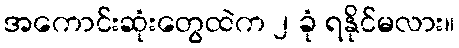
အကောင်းဆုံးတွေထဲက ၂ ခုံ ရနိုင်မလား။